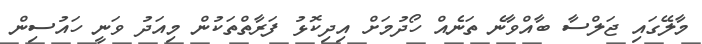
މާލޭގައި ޖަލްސާ ބާއްވާނެ ތަނެއް ހޯދުމަށް އިދިކޮޅު ފަރާތްތަކުން މިއަދު ވަނީ ހައުސިން